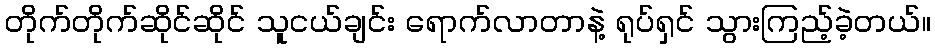
တိုက်တိုက်ဆိုင်ဆိုင် သူငယ်ချင်း ရောက်လာတာနဲ့ ရုပ်ရှင် သွားကြည့်ခဲ့တယ်။